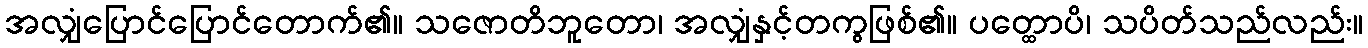
အလျှံပြောင်ပြောင်တောက်၏။ သဇောတိဘူတော၊ အလျှံနှင့်တကွဖြစ်၏။ ပတ္ထောပိ၊ သပိတ်သည်လည်း။